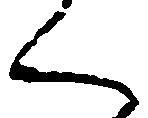
く